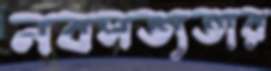
নবসভ্যতার